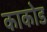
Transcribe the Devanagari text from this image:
काकोड